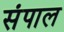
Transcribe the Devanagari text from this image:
संपाल